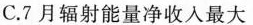
C.7月辐射能量净收入最大